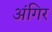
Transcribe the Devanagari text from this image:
अंगिर